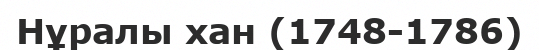
Нұралы хан (1748-1786)